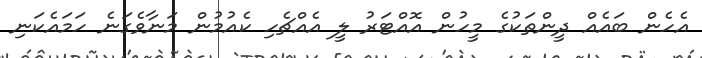
އެހެން ބައެއް ދީންތަކުގެ މީހުން އޮއްޓަރު ލީ އެއްޗެހި ކެއުުމުން މަނާވެގަނެ ހަމައެކަނި